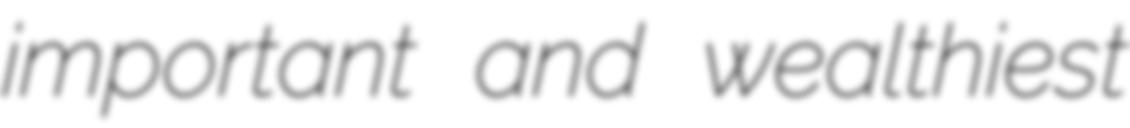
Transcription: important and wealthiest